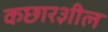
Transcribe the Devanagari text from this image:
कछार३ाील